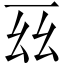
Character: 𫠩